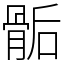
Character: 骺